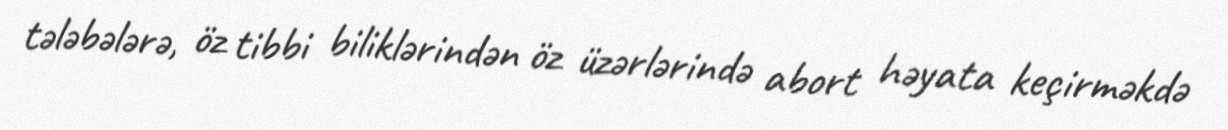
tələbələrə, öz tibbi biliklərindən öz üzərlərində abort həyata keçirməkdə